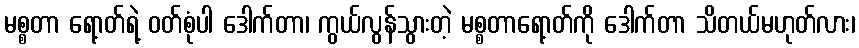
မစ္စတာ ရော့တ်ရဲ့ ဝတ်စုံပါ ဒေါက်တာ၊ ကွယ်လွန်သွားတဲ့ မစ္စတာရော့တ်ကို ဒေါက်တာ သိတယ်မဟုတ်လား၊